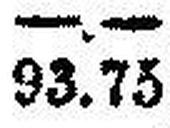
93.75